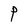
Character: P